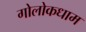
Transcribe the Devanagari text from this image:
गोलोकधाम